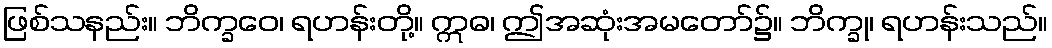
ဖြစ်သနည်း။ ဘိက္ခဝေ၊ ရဟန်းတို့။ ဣဓ၊ ဤအဆုံးအမတော်၌။ ဘိက္ခု၊ ရဟန်းသည်။